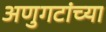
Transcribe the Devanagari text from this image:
अणुगटांच्या